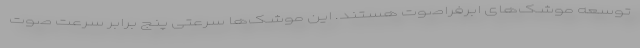
توسعه موشک‌های ابرفراصوت هستند. این موشک‌ها سرعتی پنج برابر سرعت صوت